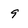
Character: 9